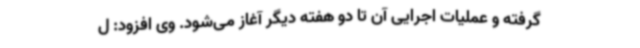
گرفته و عملیات اجرایی آن تا دو هفته دیگر آغاز می‌شود. وی افزود: ل